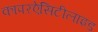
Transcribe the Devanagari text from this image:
कापरऐसिटीलाइड